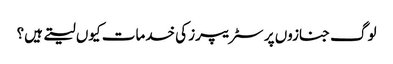
لوگ جنازوں پر سٹریپرز کی خدمات کیوں لیتے ہیں؟